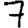
Digit: 7